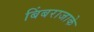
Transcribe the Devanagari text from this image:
बिंबराजाके